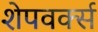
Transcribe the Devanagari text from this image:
शेपवर्क्स